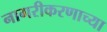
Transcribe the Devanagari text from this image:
नागरीकरणाच्या